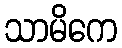
သာမိကေ